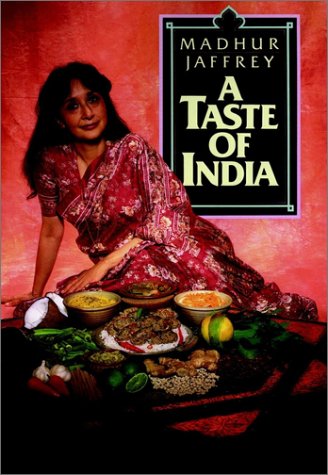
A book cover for A Taste of India; Madhur Jaffrey; Cookbooks, Food & Wine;